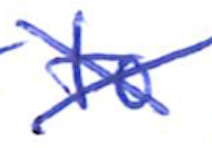
Text: to
Cross-out: cross
Writing tool: ballpoint